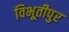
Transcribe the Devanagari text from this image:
विभूतीपुर